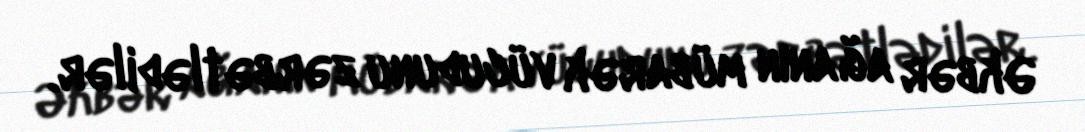
Əkbər ağanın mübarək vücudunu zərbətlədilər.